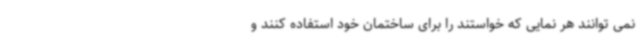
نمی توانند هر نمایی که خواستند را برای ساختمان خود استفاده کنند و